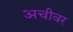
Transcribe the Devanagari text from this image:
अचीवर